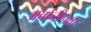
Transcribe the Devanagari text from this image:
अर्वाचीनता